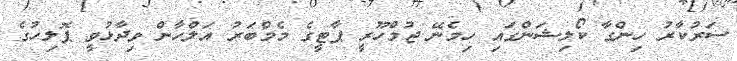
ސަރުކާރު ހިންގާ ކޯލިޝަންގައި ހިމެނޭ ޖުމްހޫރީ ޕާޓީގެ މެމްބަރު އަލްހާން ވިދާޅުވީ ޕޮލިހުގެ